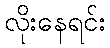
လိုးနေရင်း